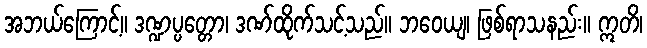
အဘယ်ကြောင့်။ ဒဏ္ဍပ္ပတ္တော၊ ဒဏ်ထိုက်သင့်သည်။ ဘဝေယျ၊ ဖြစ်ရာသနည်း။ ဣတိ၊